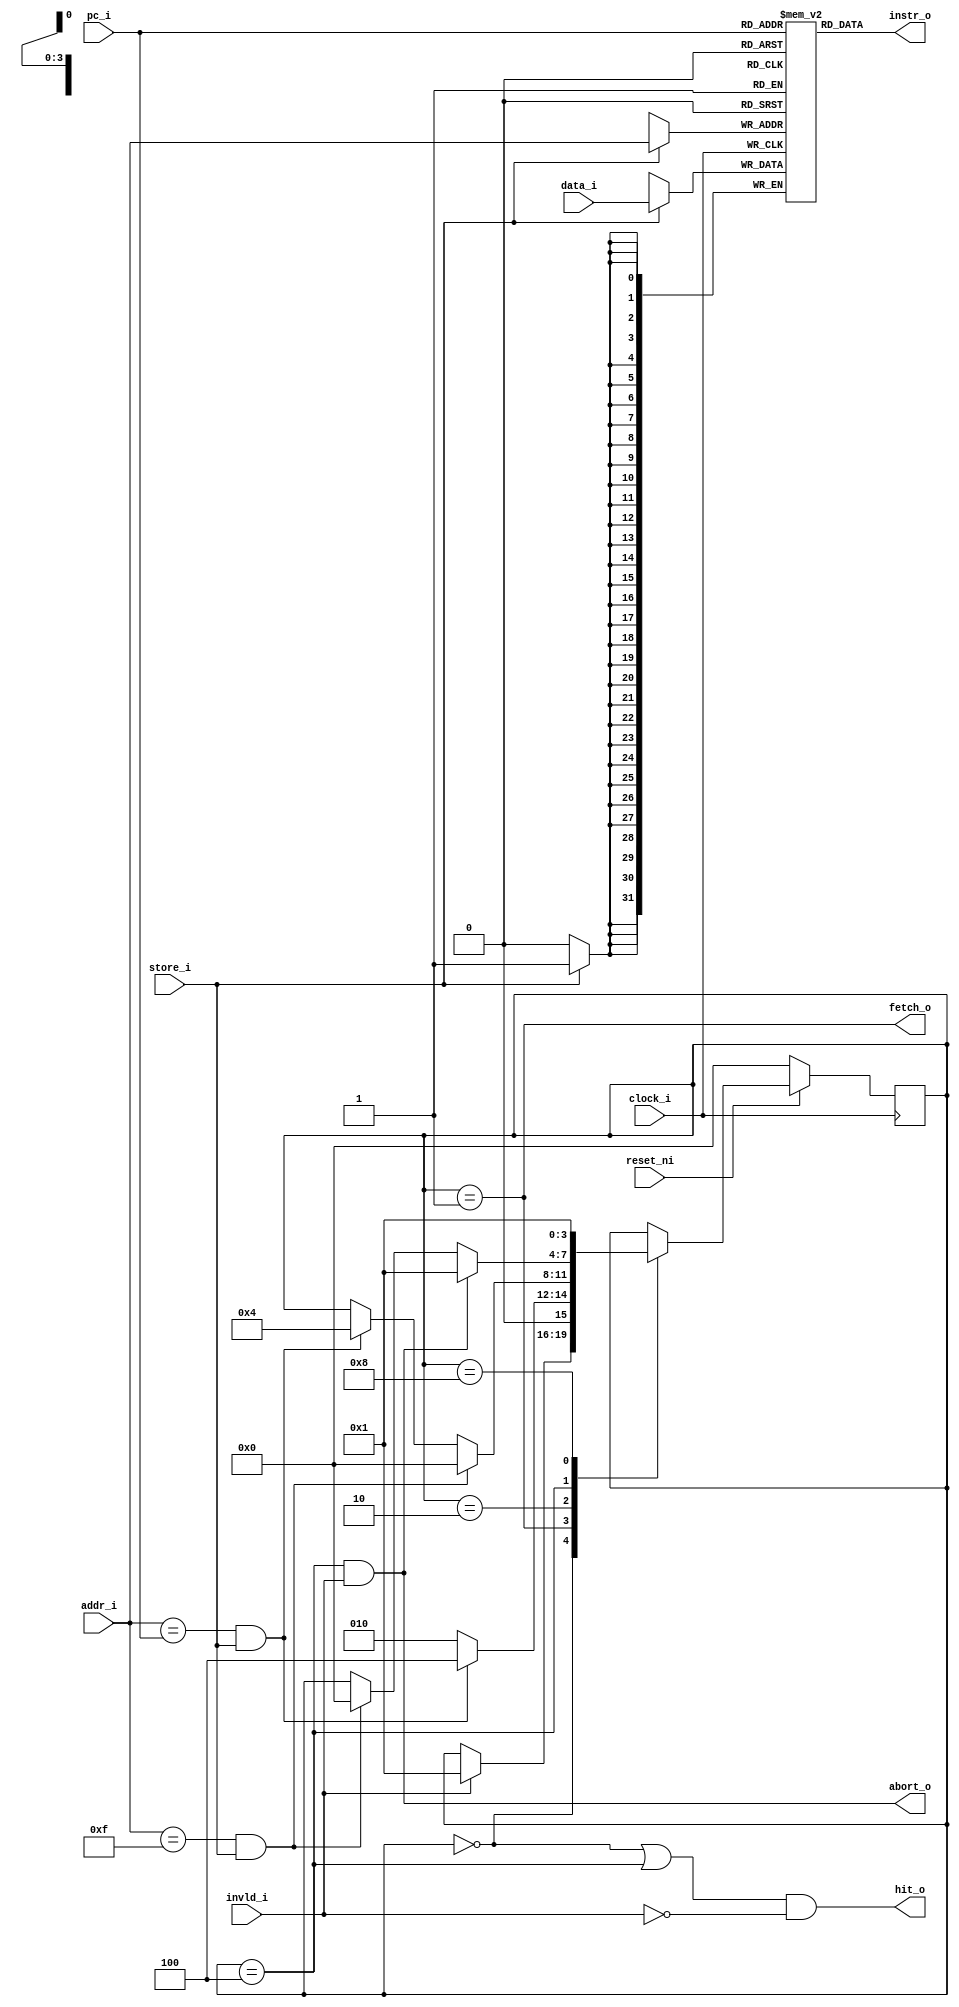
/***************************************************************************
 *                                                                         *
 *   cacheL0.v - Simple, fast, low-latency cache designed to sit between a *
 *     CPU and a more conventional L1 cache.                               *
 *                                                                         *
 *   Copyright (C) 2007 by Patrick Suggate                                 *
 *   patrick@physics.otago.ac.nz                                           *
 *                                                                         *
 *   This program is free software; you can redistribute it and/or modify  *
 *   it under the terms of the GNU General Public License as published by  *
 *   the Free Software Foundation; either version 2 of the License, or     *
 *   (at your option) any later version.                                   *
 *                                                                         *
 *   This program is distributed in the hope that it will be useful,       *
 *   but WITHOUT ANY WARRANTY; without even the implied warranty of        *
 *   MERCHANTABILITY or FITNESS FOR A PARTICULAR PURPOSE.  See the         *
 *   GNU General Public License for more details.                          *
 *                                                                         *
 *   You should have received a copy of the GNU General Public License     *
 *   along with this program; if not, write to the                         *
 *   Free Software Foundation, Inc.,                                       *
 *   59 Temple Place - Suite 330, Boston, MA  02111-1307, USA.             *
 ***************************************************************************/

// TODO: A couple of cycles latency can be saved by issuing the FETCH earlier
// when in the WAIT state.
// TODO: Support a burst-fetch cancel command when a cache miss occurs before
// the current cache-line is completely loaded.

`timescale 1ns/100ps
module cacheL0 (
	clock_i,
	reset_ni,
	
	pc_i,
	hit_o,
	instr_o,
	
	fetch_o,	// Get a new cache-line from the L1 cache
	abort_o,
	invld_i,
	store_i,
	addr_i,
	data_i
);

parameter	DW	= 32;
parameter	AW	= 4;
parameter	DMSB	= DW - 1;
parameter	AMSB	= AW - 1;
parameter	MSIZE	= 16;

input	clock_i;
input	reset_ni;

input	[AMSB:0]	pc_i;
output	hit_o;
output	[DMSB:0]	instr_o;

output	fetch_o;
output	abort_o;
input	invld_i;
input	store_i;
input	[AMSB:0]	addr_i;
input	[DMSB:0]	data_i;


`define	C0ST_IDLE	4'b0000
`define	C0ST_FETCH	4'b0001
`define	C0ST_LOAD	4'b0010
`define	C0ST_RUN	4'b0100
`define	C0ST_ABORT	4'b1000
reg	[3:0]	state	= `C0ST_FETCH;

// Dual-port asynchronous-read memory.
reg	[DMSB:0]	amem [0:MSIZE-1];

wire	fetched, run_ok;


assign	#1 instr_o	= amem[pc_i];
assign	#2 hit_o	= (state == `C0ST_IDLE || state == `C0ST_RUN) && !invld_i;

assign	#1 fetched	= (addr_i == 4'hF && store_i);
assign	#1 run_ok	= (addr_i == pc_i && store_i);

assign	#1 fetch_o	= (state == `C0ST_FETCH);
// assign	#1 abort_o	= (state == `C0ST_ABORT);
assign	#1 abort_o	= (state == `C0ST_RUN) && invld_i;


always @(posedge clock_i) begin
	if (store_i)
		amem [addr_i]	<= #1 data_i;
end


// This state machine allows the CPU to resume once the needed data has been
// fetched. If a cache miss occurs again, the current operation is aborted
// and a new fetch is issued.
// TODO: Some more latency can be saved.
always @(posedge clock_i) begin
	if (!reset_ni)
		state	<= #1 `C0ST_IDLE;
	else case (state)
	
	`C0ST_IDLE:	if (invld_i)	state	<= #1 `C0ST_FETCH;
	
	`C0ST_FETCH:	begin
		if (run_ok)
			state	<= #1 `C0ST_RUN;
		else
			state	<= #1 `C0ST_LOAD;
	end
	
	`C0ST_LOAD:	begin
		if (fetched)
			state	<= #1 `C0ST_IDLE;
		else if (run_ok)
			state	<= #1 `C0ST_RUN;
	end
	
	`C0ST_RUN:	begin
		if (abort_o)
			state	<= #1 `C0ST_FETCH;
		else if (fetched)
			state	<= #1 `C0ST_IDLE;
	end
	
	`C0ST_ABORT:	state	<= #1 `C0ST_FETCH;
	
	endcase
end


endmodule	// cacheL0